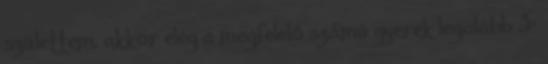
születtem, akkor elég a megfelelő számú gyerek legalább 3-